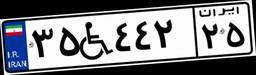
۳۵W۴۴۲۲۵